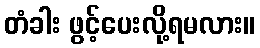
တံခါး ဖွင့်ပေးလို့ရမလား။